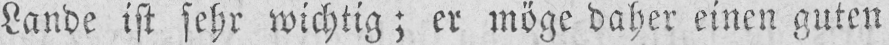
Lande ist sehr wichtig; er möge daher einen guten